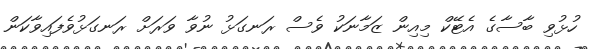
ހުޅުވި ބާސާގެ އެޓޭކް މިއިން ޒަމާނަކު ވެސް ރަނގަޅު ނުވާ ވަރަށް ރަނގަޅުވެފައިވާކަން